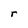
Character: r